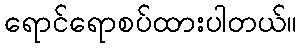
ရောင်ရောစပ်ထားပါတယ်။